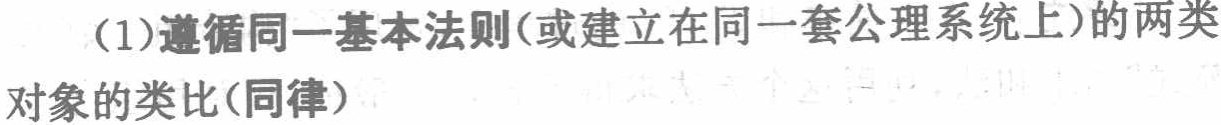
(1)遵循同一基本法则(或建立在同一套公理系统上)的两类对象的类比(同律)